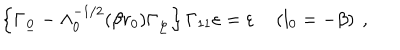
LaTeX: \left\{ \Gamma _ { \underline { { { 0 } } } } - \Lambda _ { 0 } ^ { - 1 / 2 } ( \beta r _ { 0 } ) \Gamma _ { \underline { { { \varphi } } } } \right\} \Gamma _ { 1 1 } \varepsilon = \varepsilon \quad \left( l _ { 0 } = - \beta \right) ~ ,